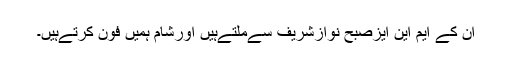
ان کے ایم این ایزصبح نوازشریف سےملتےہیں اورشام ہمیں فون کرتےہیں۔